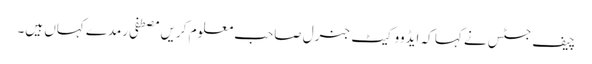
چیف جسٹس نے کہا کہ ایڈووکیٹ جنرل صاحب معلوم کریں مصطفی رمدے کہاں ہیں۔